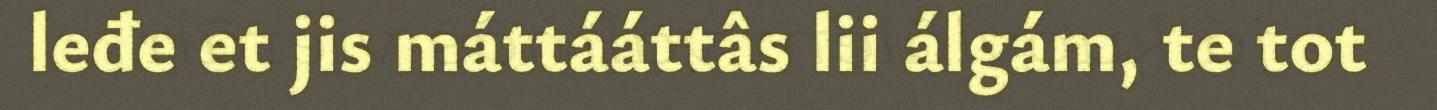
leđe et jis máttááttâs lii álgám, te tot